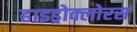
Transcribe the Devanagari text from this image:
हाइड्रोक्लोरस